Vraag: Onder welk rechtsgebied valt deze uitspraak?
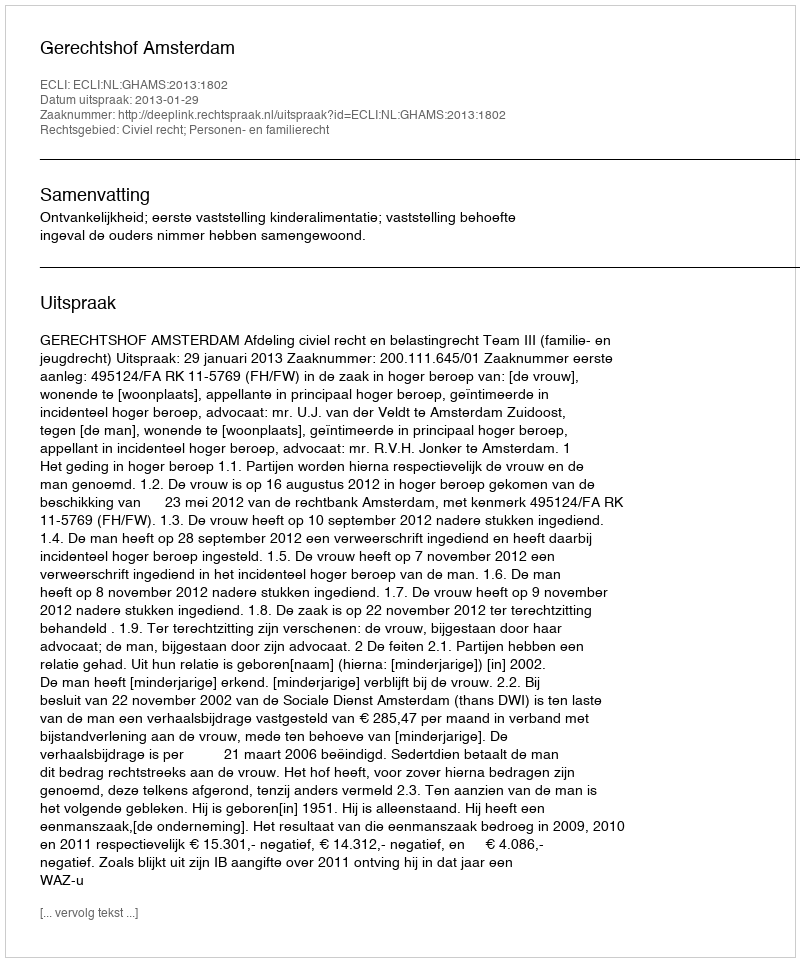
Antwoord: Civiel recht; Personen- en familierecht